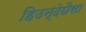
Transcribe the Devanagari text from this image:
हिउन्देछैसा